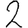
Digit: 2